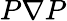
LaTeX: P\nabla P